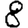
Digit: 8